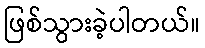
ဖြစ်သွားခဲ့ပါတယ်။